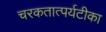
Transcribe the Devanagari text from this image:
चरकतात्पर्यटीका